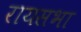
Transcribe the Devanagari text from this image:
रायसभा